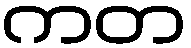
ကတ